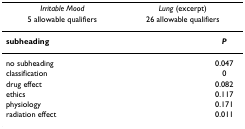
<table><thead><tr><td colspan="2"><b><i>Irritable Mood</i></b></td><td colspan="2"><b><i>Lung </i>(excerpt)</b></td></tr><tr><td colspan="2"><b>5 allowable qualifiers</b></td><td colspan="2"><b>26 allowable qualifiers</b></td></tr></thead><tbody><tr><td><b>subheading</b></td><td>[EMPTY_CELL]</td><td>[EMPTY_CELL]</td><td><b><i>P</i></b></td></tr><tr><td>no subheading</td><td>[EMPTY_CELL]</td><td>[EMPTY_CELL]</td><td>0.047</td></tr><tr><td>classification</td><td>[EMPTY_CELL]</td><td>[EMPTY_CELL]</td><td>0</td></tr><tr><td>drug effect</td><td>[EMPTY_CELL]</td><td>[EMPTY_CELL]</td><td>0.082</td></tr><tr><td>ethics</td><td>[EMPTY_CELL]</td><td>[EMPTY_CELL]</td><td>0.117</td></tr><tr><td>physiology</td><td>[EMPTY_CELL]</td><td>[EMPTY_CELL]</td><td>0.171</td></tr><tr><td>radiation effect</td><td>[EMPTY_CELL]</td><td>[EMPTY_CELL]</td><td>0.011</td></tr></tbody></table>